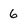
Character: 6